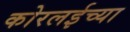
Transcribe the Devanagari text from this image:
कोरलईच्या